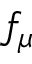
f _ { \mu }